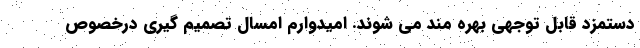
دستمزد قابل توجهی بهره مند می شوند. امیدوارم امسال تصمیم گیری درخصوص